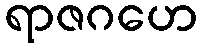
ရာဇဂဟေ